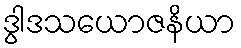
ဒွါဒသယောဇနိယာ